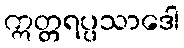
ဣတ္တရပ္ပသာဒေါ